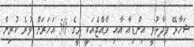
ޝަހާރޭ ވިދާޅުވީ އިންޑިއާ އާއި ރާއްޖެއަކީ މީގެ 50 އަހަރަށް ވުރެ ކުރިން